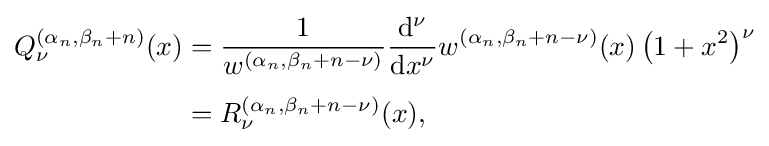
{\begin{aligned}Q_{\nu }^{\left(\alpha _{n},\beta _{n}+n\right)}(x)&={\frac {1}{w^{\left(\alpha _{n},\beta _{n}+n-\nu \right)}}}{\frac {{\mathrm {d} }^{\nu }}{{\mathrm {d} }x^{\nu }}}w^{\left(\alpha _{n},\beta _{n}+n-\nu \right)}(x)\left(1+x^{2}\right)^{\nu }\\[4pt]&=R_{\nu }^{\left(\alpha _{n},\beta _{n}+n-\nu \right)}(x),\end{aligned}}